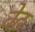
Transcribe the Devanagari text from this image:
वेढ